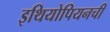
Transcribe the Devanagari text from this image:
इथियोपियनची